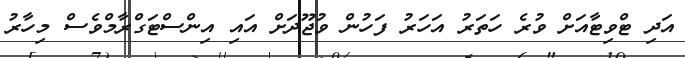
އަދި ޓްވިޓާއަށް ވުރެ ހަތަރު އަހަރު ފަހުން ވުޖޫދަށް އައި އިންސްޓަގްރާމްވެސް މިހާރު